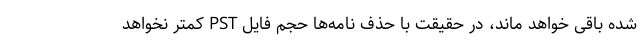
شده باقی خواهد ماند، در حقیقت با حذف نامه­‌ها حجم فایل PST کمتر نخواهد